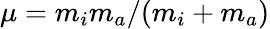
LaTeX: \mu=m_{i}m_{a}/(m_{i}+m_{a})